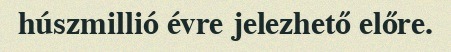
húszmillió évre jelezhető előre.